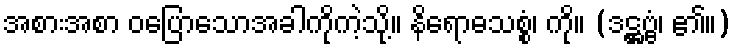
အစားအစာ ဝပြောသောအခါကိုကဲ့သို့။ နိရောဓသစ္စံ၊ ကို။ (ဒဋ္ဌဗ္ဗံ၊ ၏။)